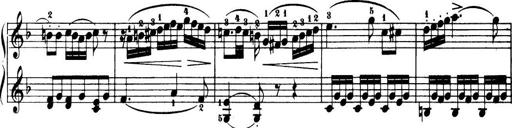
Title: 32 Sonatinas and Rondos for the Piano
Composer: Richard Kleinmichel